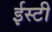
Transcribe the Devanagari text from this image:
ईस्टी